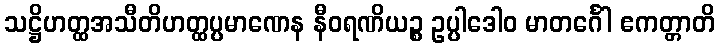
သဋ္ဌိဟတ္ထအသီတိဟတ္ထပ္ပမာဏေန နီဝရဏိယဉ္စ ဥပ္ပါဒေါဝ မာတင်္ဂေါ ဧကတ္တာတိ